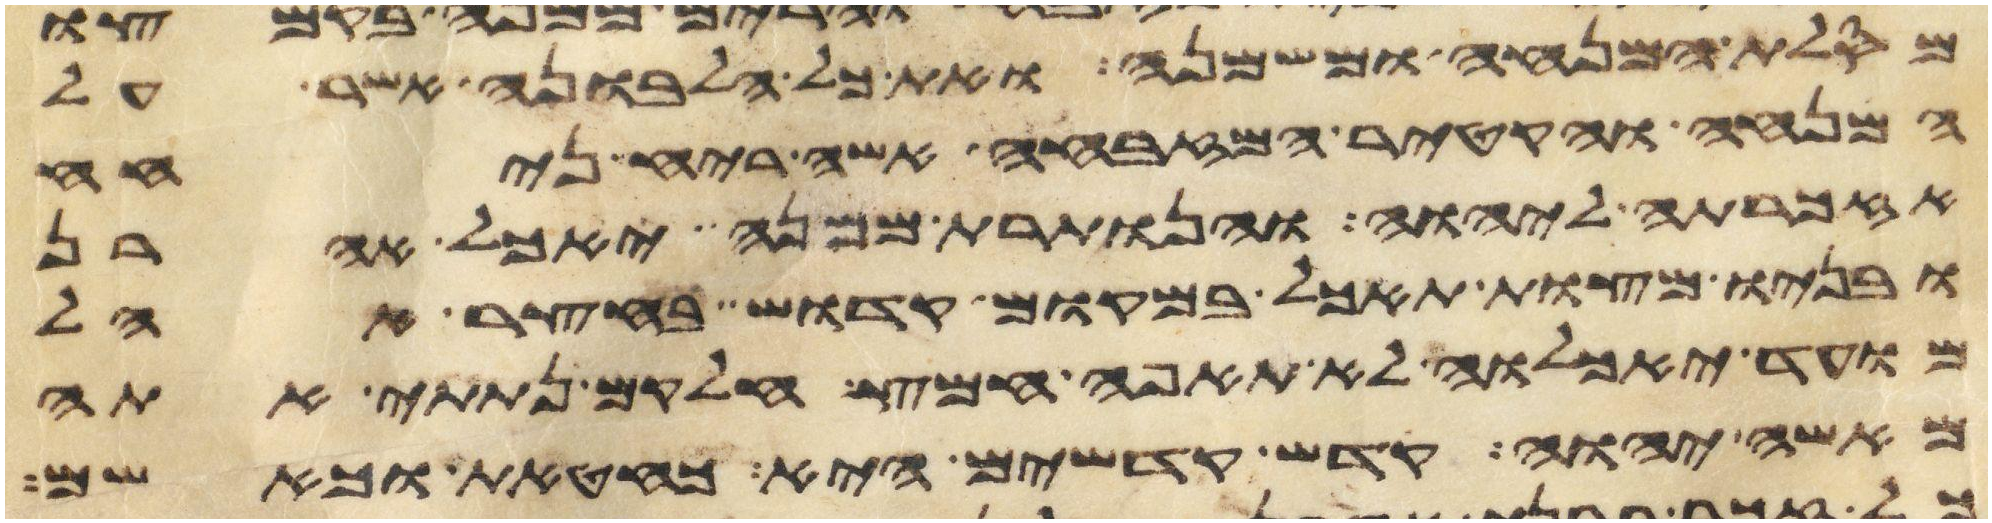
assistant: מסלת המנחה ומשמנה ואת כל הלבונה אשר על
המנחה והקטיר המזבחה אשה ריח ניחח
אזכרתה ליהוה והנותרת ממנה יאכל אהרן
ובניו מצות תאכל במקום קדוש בחצר אהל
מועד יאכלוה לא תאפה חמץ חלקם נתתי אתה
מאשי יהוה קדש קדשים היא כחטאת כאשם